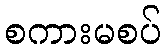
စကားမစပ်